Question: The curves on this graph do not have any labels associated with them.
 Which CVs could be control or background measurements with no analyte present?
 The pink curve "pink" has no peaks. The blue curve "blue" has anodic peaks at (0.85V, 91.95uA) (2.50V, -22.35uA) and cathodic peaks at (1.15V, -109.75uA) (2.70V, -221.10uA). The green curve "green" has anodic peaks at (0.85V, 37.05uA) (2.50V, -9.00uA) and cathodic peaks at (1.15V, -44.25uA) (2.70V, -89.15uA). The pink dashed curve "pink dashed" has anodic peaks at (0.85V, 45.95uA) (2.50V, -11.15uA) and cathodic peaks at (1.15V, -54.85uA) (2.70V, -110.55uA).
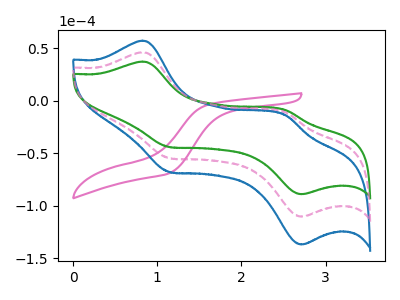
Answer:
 <answer>"pink" is likely to be a blank.</answer>
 <eval>pink</eval>